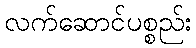
လက်ဆောင်ပစ္စည်း